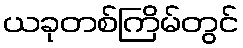
ယခုတစ်ကြိမ်တွင်